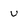
Character: U